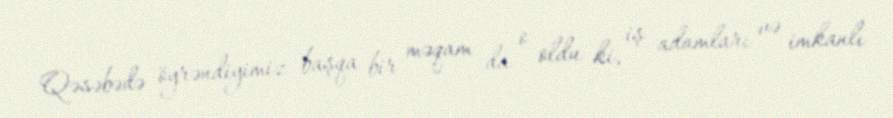
Qəsəbədə öyrəndiyimiz başqa bir məqam da o oldu ki, iş adamları və imkanlı